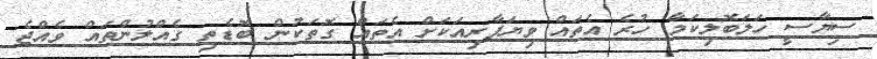
ސިޔާސީ ހަލަބޮލިކަމާ ހުރެ އެތައް ވިޔަފާރިއަކަށް އެތައް ގޮތަކުން ބޮޑެތި ގެއްލުންތައް ވެއްޖެ